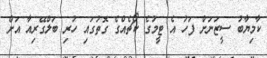
ކާމިޔާބު ސީޒަނަށް ފަހު އެ ޓީމުގެ ކޯޗެއްގެ ގޮތުގައި ހުރި ބަލްގޭރިއާ އަށް